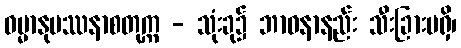
ဓမ္မာနုပဿနာစတုက္က - သုံးခု၌ ဘာဝနာနည်း သီးခြားမရှိ၊